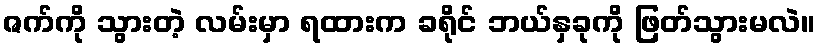
ဇက်ကို သွားတဲ့ လမ်းမှာ ရထားက ခရိုင် ဘယ်နှခုကို ဖြတ်သွားမလဲ။